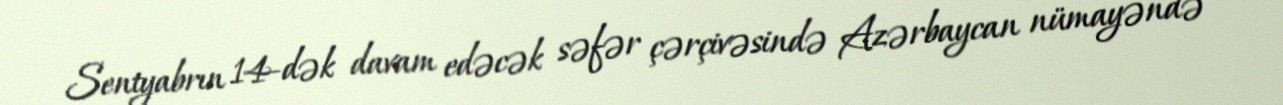
Sentyabrın 14-dək davam edəcək səfər çərçivəsində Azərbaycan nümayəndə